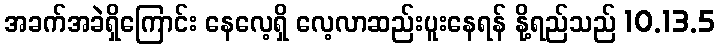
အခက်အခဲရှိကြောင်း နေလေ့ရှိ လေ့လာဆည်းပူးနေရန် နို့ရည်သည် 10.13.5